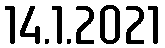
14.1.2021